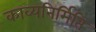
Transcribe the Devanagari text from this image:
काव्यनिर्मिति